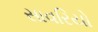
સાવરિયો